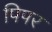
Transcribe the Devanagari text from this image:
पिपर